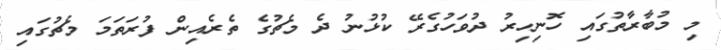
މި މުބާރާތުގައި ހޮނިހިރު ދުވަހުގެރޭ ކުޅުނު ދެ މެޗުގެ ތެރެއިން ފުރަތަމަ މެޗުގައި